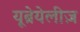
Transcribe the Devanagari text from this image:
यूब्रेयेलीज़